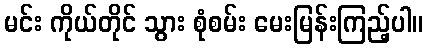
မင်း ကိုယ်တိုင် သွား စုံစမ်း မေးမြန်းကြည့်ပါ။